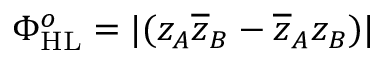
\Phi _ { \mathrm { H L } } ^ { o } = | ( z _ { A } \overline { { z } } _ { B } - \overline { { z } } _ { A } z _ { B } ) |